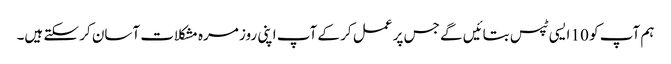
ہم آپ کو 10 ایسی ٹپس بتائیں گے جس پر عمل کر کے آپ اپنی روز مرہ مشکلات آسان کر سکتے ہیں۔